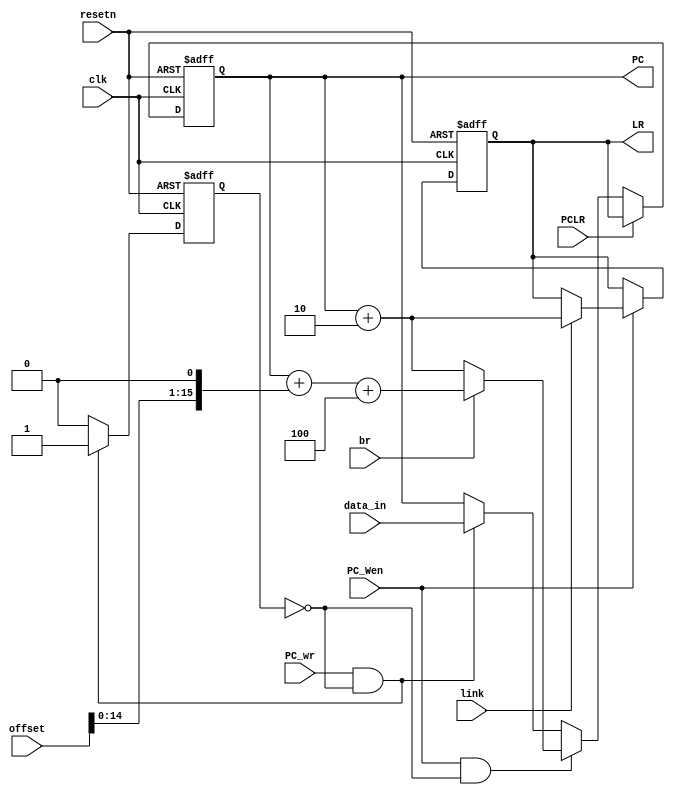
  module pc_gen (
  input             clk,
  input             resetn,
  input             br,
  input             link,
  input      [15:0] data_in,
  input      [15:0] offset,
  input             PC_Wen,
  input             PC_wr,
  input             PCLR,     /* if set, nextPC = LR */

  output reg [15:0] LR,
  output reg [15:0] PC
  );

  localparam IDLE = 0;
  localparam CHANGED = 1;
  
  /* if the pc changed, maintain pc at least 1 clock */
  reg state_ff;
  reg state_nxt;

  reg [15:0] nextPC;
  reg [15:0] nextLR;

  always @(posedge clk or negedge resetn)
    begin
      if (resetn == 1'b0) 
        begin
          PC <= 16'h0000;
          LR <= 16'h0000;
          state_ff <= 1'b0;
        end
      else if (PCLR == 1'b1)
        begin
          PC <= LR;
          LR <= nextLR;
          state_ff <= state_nxt;
        end
      else 
        begin
          PC <= nextPC;
          LR <= nextLR;
          state_ff <= state_nxt;
        end
    end

  /* compute next pc */
  always @(*)
    begin
      if (PC_Wen == 1'b1 && state_ff == IDLE)
        begin
          if (br == 1'b1)
            begin
              nextPC = PC + (offset << 1) + 4;
            end
          else
            begin
              nextPC = PC + 2;
            end
        end
      else if (PC_wr == 1'b1 && state_ff == IDLE)
        begin
          nextPC = data_in;
        end
      else
        begin
          nextPC = PC;
        end
    end

  /* compute next state */
  always @(*)
    begin
      if (PC_wr == 1'b1 && state_ff == IDLE)
        begin
          state_nxt = CHANGED;
        end
      else
        begin
          state_nxt = IDLE;
        end
    end

  /* compute next lr */
  always @(*)
    begin
      if (PC_Wen == 1'b1)
        begin
          if (link == 1'b1)
            begin
              nextLR = PC + 2;
            end
          else
            begin
              nextLR = LR;
            end
        end
      else
        begin
          nextLR = LR;
        end
    end

endmodule